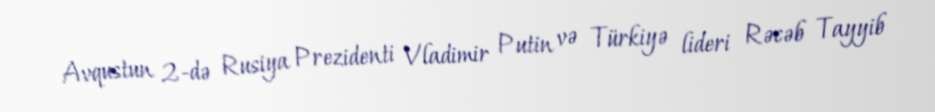
Avqustun 2-də Rusiya Prezidenti Vladimir Putin və Türkiyə lideri Rəcəb Tayyib